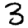
Digit: 3